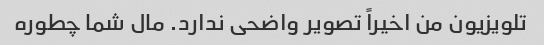
تلویزیون من اخیراً تصویر واضحی ندارد. مال شما چطوره